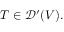
T \in { \mathcal { D } } ^ { \prime } ( V ) .